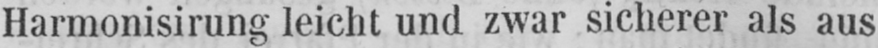
Harmonisirung leicht und zwar sicherer als aus